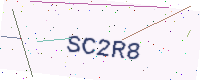
Text: SC2R8